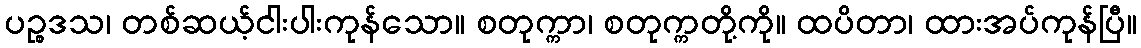
ပဉ္စဒသ၊ တစ်ဆယ့်ငါးပါးကုန်သော။ စတုက္ကာ၊ စတုက္ကတို့ကို။ ထပိတာ၊ ထားအပ်ကုန်ပြီ။